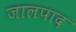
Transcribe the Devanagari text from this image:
जालपाद